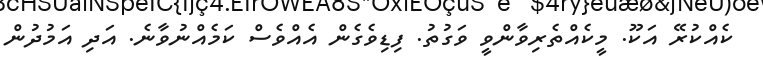
ކެއްކުރޭ އަކޫ. މީކެއްތެރިވާންވީ ވަގުތު. ފިޑިވެގެން އެއްވެސް ކަމެއްނުވާނެ. އަދި އަމުދުން